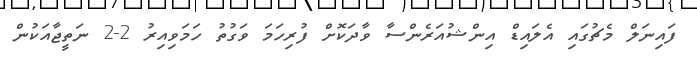
ފައިނަލް މެޗުގައި އެލައިޑް އިންޝުއަރެންސާ ވާދަކޮށް ފުރިހަމަ ވަގުތު ހަމަވިއިރު 2-2 ނަތީޖާއަކުން